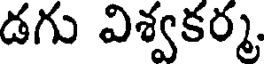
డగు విశ్వకర్మ